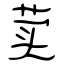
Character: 荬